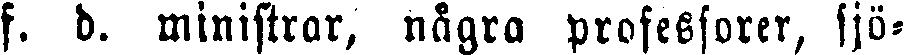
f. d. ministrar, några professorer, sjö-